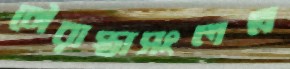
চৌরাস্তাসংলগ্ন